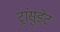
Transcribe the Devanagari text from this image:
ट्रांसुडेट